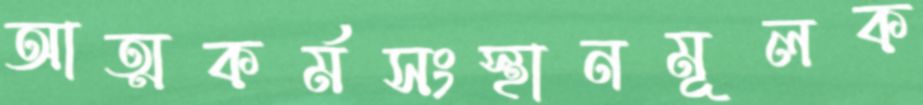
আত্মকর্মসংস্থানমূলক